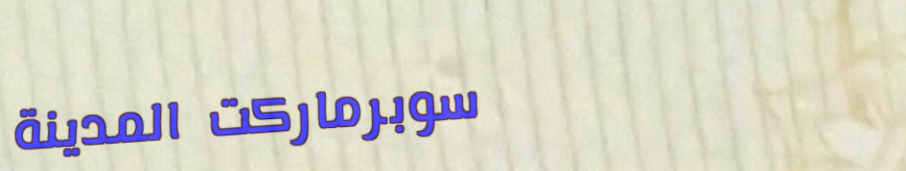
سوبرماركت المدينة